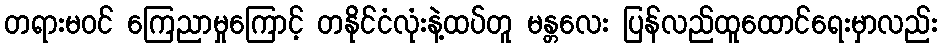
တရားမဝင် ကြေညာမှုကြောင့် တနိုင်ငံလုံးနဲ့ထပ်တူ မန္တလေး ပြန်လည်ထူထောင်ရေးမှာလည်း